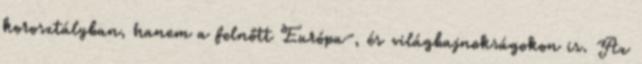
korosztályban, hanem a felnőtt Európa-, és világbajnokságokon is. Az